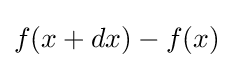
f(x+dx)-f(x)